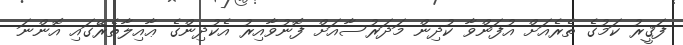
ފަޤީރު ކަމުގެ ތެރެއަށް އުފަންވާ ކުދިން މަދަރުސާއަށް ފޮނުވާއިރު އެކުދިންގެ ޢާއިލާތެރޭގައި އޮންނަ